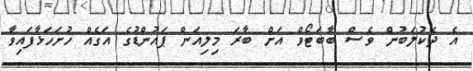
އެ ދެކުލަބުން ވެސް ބާބަޓޯވް އަށް ބާރަ މިލިއަން ޕައުންޑުގެ އަގެއް ހުށަހަޅާފައިވާ